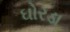
ઘોરડા